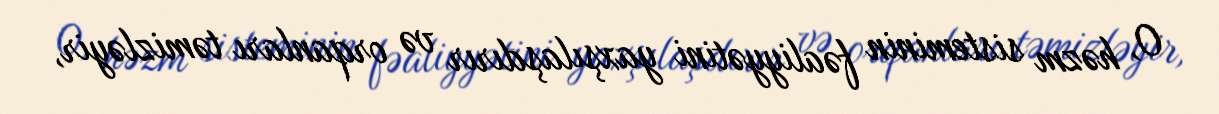
O, həzm sisteminin fəaliyyətini yaxşılaşdırır və orqanları təmizləyir,